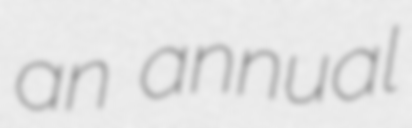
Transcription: an annual